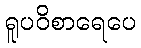
ရူပဝိစာရေပေ